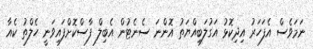
ނަމަވެސް އެފަހަރު އިދިކޮޅު އަގުލަބިއްޔަތު އޮންނަ ސެނެޓުން އެބިލް ފާސްކޮށްފައިވަނީ ހެލްތު ކެއާ